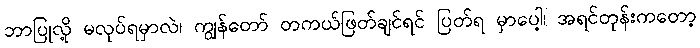
ဘာပြုလို့ မလုပ်ရမှာလဲ၊ ကျွန်တော် တကယ်ဖြတ်ချင်ရင် ပြတ်ရ မှာပေါ့၊ အရင်တုန်းကတော့